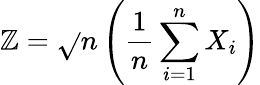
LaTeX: \mathbb{Z}={\sqrt{}{{n}}}\left({\frac{{1}}{{n}}}\sum_{i=1}^{n}X_{i}\right)